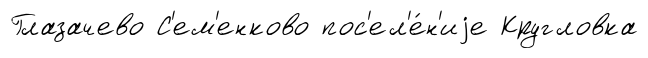
Глазачево С'ем'енково пос'ел'е́н'иjе Кругловка